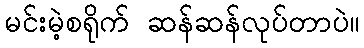
မင်းမဲ့စရိုက် ဆန်ဆန်လုပ်တာပဲ။